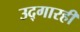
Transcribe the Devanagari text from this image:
उद्‌गारही